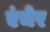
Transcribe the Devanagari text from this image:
एंचेर